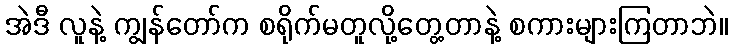
အဲဒီ လူနဲ့ ကျွန်တော်က စရိုက်မတူလို့တွေ့တာနဲ့ စကားများကြတာဘဲ။